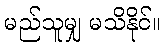
မည်သူမျှ မသိနိုင်။